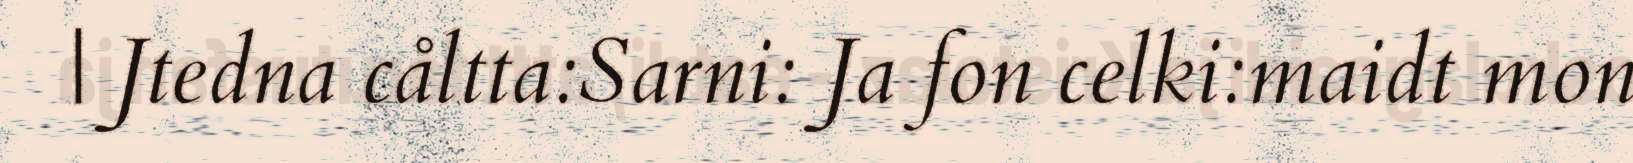
| Jtedna cåltta:Sarni: Ja fon celki:maidt mon